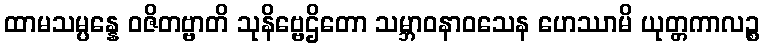
ထာမသမ္ပန္နေ ဝဇိတဗ္ဗာတိ သုနိဗ္ဗေဌိတော သမ္ဘာဝနာဝသေန ဟေဿာမိ ယုတ္တကာလဉ္စ